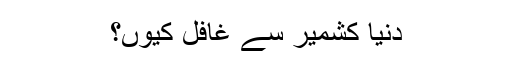
دنیا کشمیر سے غافل کیوں؟